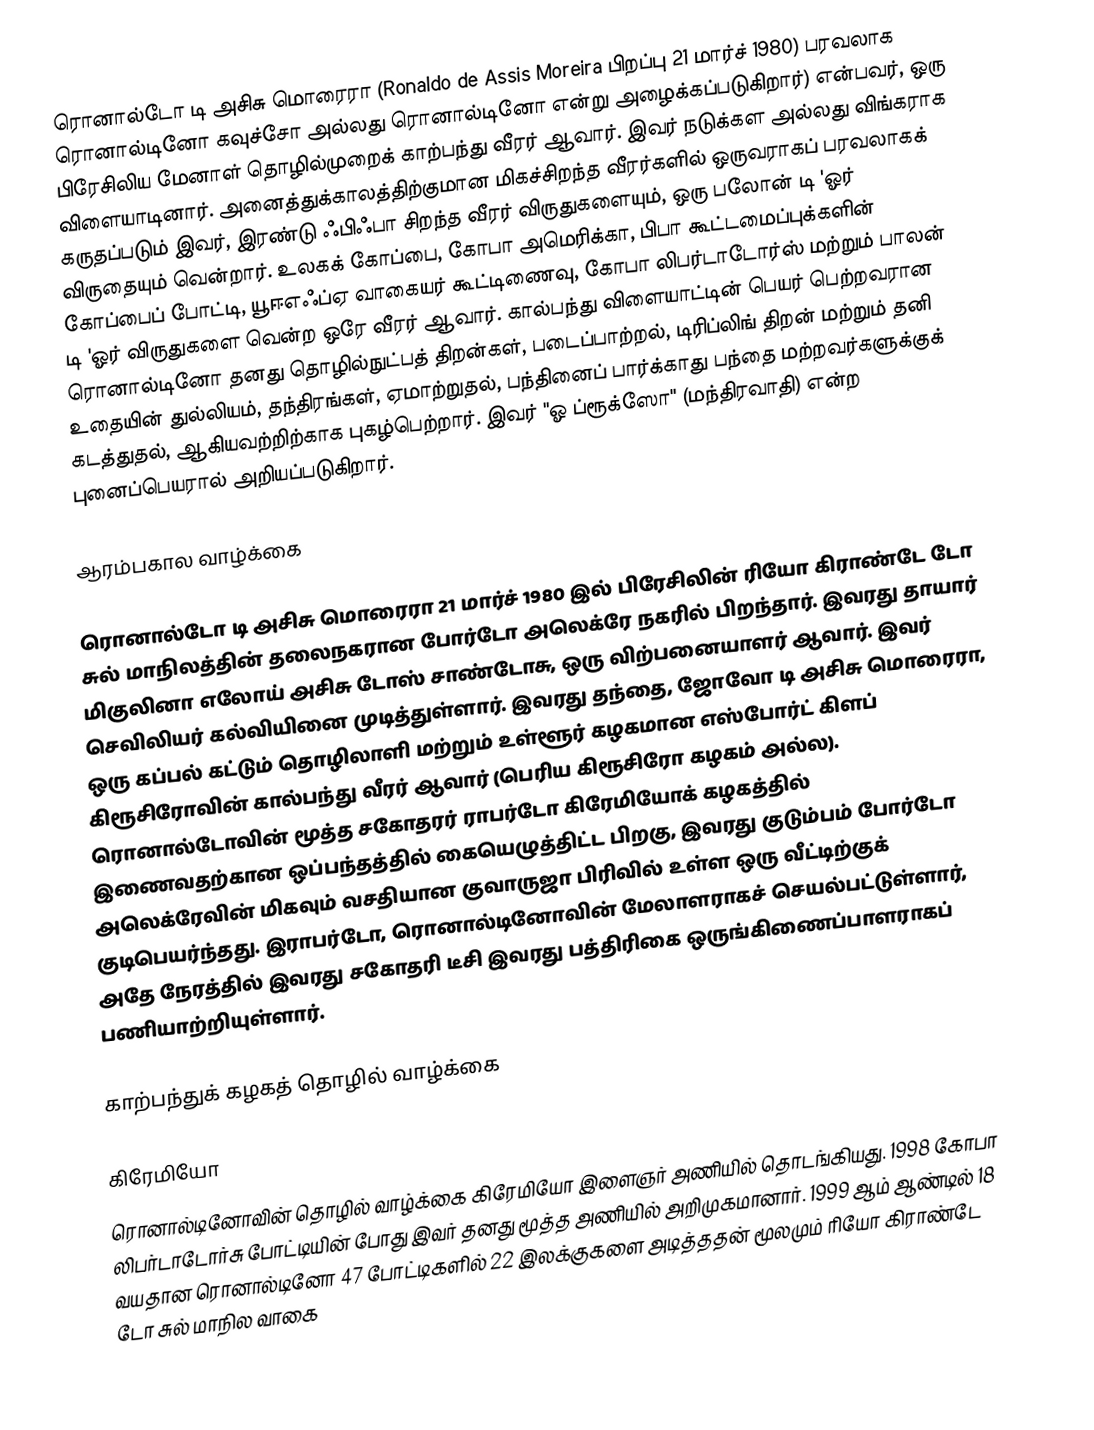
ரொனால்டோ டி அசிசு மொரைரா (Ronaldo de Assis Moreira பிறப்பு 21 மார்ச் 1980) பரவலாக ரொனால்டினோ கவுச்சோ அல்லது ரொனால்டினோ என்று அழைக்கப்படுகிறார்) என்பவர், ஒரு பிரேசிலிய மேனாள் தொழில்முறைக் காற்பந்து வீரர் ஆவார். இவர் நடுக்கள அல்லது விங்கராக விளையாடினார். அனைத்துக்காலத்திற்குமான  மிகச்சிறந்த வீரர்களில் ஒருவராகப் பரவலாகக் கருதப்படும் இவர், இரண்டு ஃபிஃபா சிறந்த வீரர் விருதுகளையும், ஒரு பலோன் டி 'ஓர் விருதையும் வென்றார். உலகக் கோப்பை, கோபா அமெரிக்கா, பிபா கூட்டமைப்புக்களின் கோப்பைப் போட்டி, யூஈஎஃப்ஏ வாகையர் கூட்டிணைவு, கோபா லிபர்டாடோர்ஸ் மற்றும் பாலன் டி 'ஓர் விருதுகளை வென்ற ஒரே வீரர் ஆவார். கால்பந்து விளையாட்டின் பெயர் பெற்றவரான ரொனால்டினோ தனது தொழில்நுட்பத் திறன்கள், படைப்பாற்றல், டிரிப்லிங் திறன் மற்றும் தனி உதையின் துல்லியம், தந்திரங்கள், ஏமாற்றுதல், பந்தினைப் பார்க்காது பந்தை மற்றவர்களுக்குக் கடத்துதல், ஆகியவற்றிற்காக புகழ்பெற்றார். இவர் "ஓ ப்ரூக்ஸோ" (மந்திரவாதி) என்ற புனைப்பெயரால் அறியப்படுகிறார்.

ஆரம்பகால வாழ்க்கை

ரொனால்டோ டி அசிசு மொரைரா 21 மார்ச் 1980 இல் பிரேசிலின் ரியோ கிராண்டே டோ சுல் மாநிலத்தின் தலைநகரான போர்டோ அலெக்ரே நகரில் பிறந்தார். இவரது தாயார் மிகுலினா எலோய் அசிசு டோஸ் சாண்டோசு, ஒரு  விற்பனையாளர் ஆவார். இவர் செவிலியர் கல்வியினை முடித்துள்ளார். இவரது தந்தை, ஜோவோ டி அசிசு மொரைரா, ஒரு கப்பல் கட்டும் தொழிலாளி மற்றும் உள்ளூர் கழகமான எஸ்போர்ட் கிளப் கிரூசிரோவின் கால்பந்து வீரர் ஆவார் (பெரிய கிரூசிரோ கழகம் அல்ல). ரொனால்டோவின் மூத்த சகோதரர் ராபர்டோ கிரேமியோக் கழகத்தில் இணைவதற்கான ஒப்பந்தத்தில் கையெழுத்திட்ட பிறகு, இவரது குடும்பம் போர்டோ அலெக்ரேவின் மிகவும் வசதியான குவாருஜா பிரிவில் உள்ள ஒரு வீட்டிற்குக் குடிபெயர்ந்தது. இராபர்டோ, ரொனால்டினோவின் மேலாளராகச் செயல்பட்டுள்ளார், அதே நேரத்தில் இவரது சகோதரி டீசி இவரது பத்திரிகை ஒருங்கிணைப்பாளராகப் பணியாற்றியுள்ளார்.

காற்பந்துக் கழகத் தொழில் வாழ்க்கை

கிரேமியோ
ரொனால்டினோவின் தொழில் வாழ்க்கை கிரேமியோ இளைஞர் அணியில் தொடங்கியது. 1998 கோபா லிபர்டாடோர்சு போட்டியின் போது இவர் தனது மூத்த அணியில் அறிமுகமானார். 1999 ஆம் ஆண்டில் 18 வயதான ரொனால்டினோ 47 போட்டிகளில் 22 இலக்குகளை அடித்ததன் மூலமும் ரியோ கிராண்டே டோ சுல் மாநில வாகை